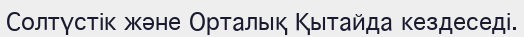
Солтүстік және Орталық Қытайда кездеседі.